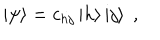
\left| \psi \right> = c _ { h j } \left| h \right> \left| j \right> \; ,